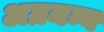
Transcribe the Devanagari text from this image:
अग्रमन्य